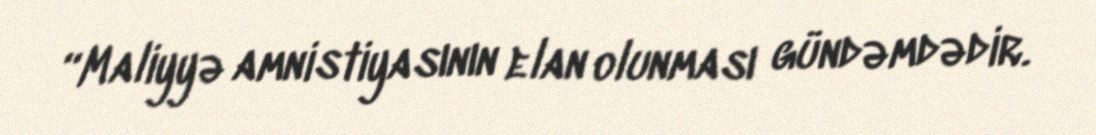
“Maliyyə amnistiyasının elan olunması gündəmdədir.